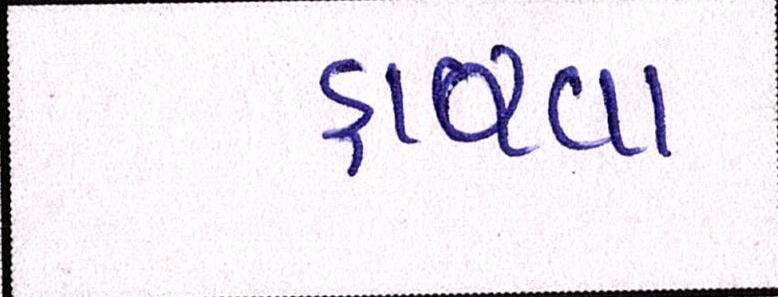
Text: હારવા